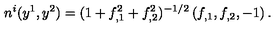
n ^ { i } ( y ^ { 1 } , y ^ { 2 } ) = ( 1 + f _ { , 1 } ^ { 2 } + f _ { , 2 } ^ { 2 } ) ^ { - 1 / 2 } \left( f _ { , 1 } , f _ { , 2 } , - 1 \right) .